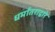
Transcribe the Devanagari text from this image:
धर्मांतराद्वारे